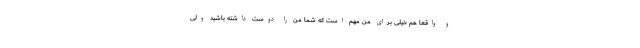
و واقعا هم خیلی برای من مهم است که شما من را دوست داشته باشید ولی